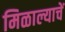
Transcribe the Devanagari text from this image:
मिळाल्याचें